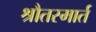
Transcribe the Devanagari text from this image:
श्रौतस्मार्त